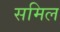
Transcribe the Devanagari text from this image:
समिल